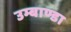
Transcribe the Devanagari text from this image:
उम्बाण्डा